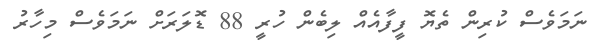
ނަމަވެސް ކުރިން ތެޔޮ ފީފާއެއް ލިބެން ހުރީ 88 ޑޮލަރަށް ނަމަވެސް މިހާރު